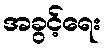
အခွင့်ရေး